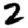
Digit: 2